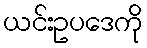
ယင်းဥပဒေကို